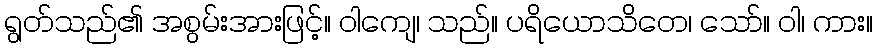
ရွတ်သည်၏ အစွမ်းအားဖြင့်။ ဝါကျေ၊ သည်။ ပရိယောသိတေ၊ သော်။ ဝါ၊ ကား။